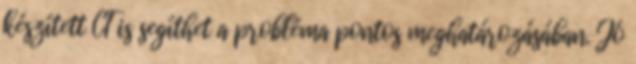
készített CT is segíthet a probléma pontos meghatározásában. Jó